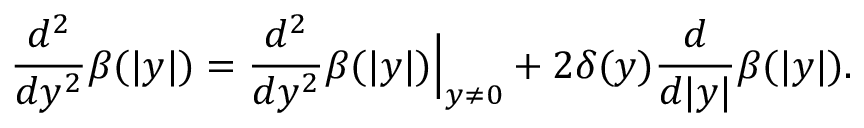
\frac { d ^ { 2 } } { d y ^ { 2 } } \beta ( | y | ) = \frac { d ^ { 2 } } { d y ^ { 2 } } \beta ( | y | ) \Big | _ { y \ne 0 } + 2 \delta ( y ) \frac { d } { d | y | } \beta ( | y | ) .